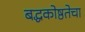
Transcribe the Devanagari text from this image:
बद्धकोष्ठतेचा